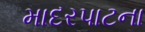
માદરપાટના